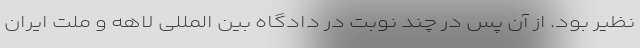
نظیر بود. از آن پس در چند نوبت در دادگاه بین المللی لاهه و ملت ایران